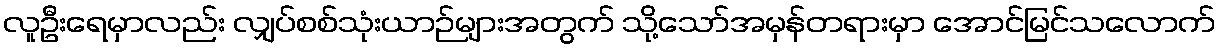
လူဦးရေမှာလည်း လျှပ်စစ်သုံးယာဉ်များအတွက် သို့သော်အမှန်တရားမှာ အောင်မြင်သလောက်